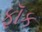
ફૉક